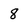
Character: 8